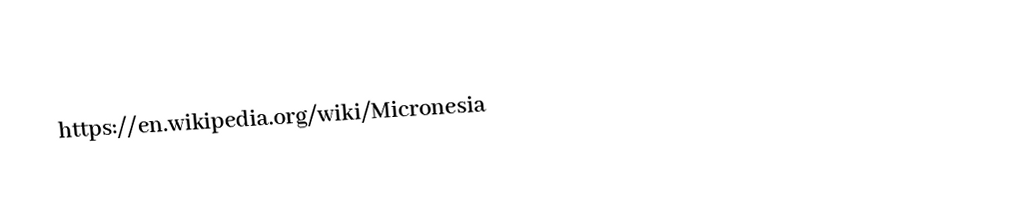
https://en.wikipedia.org/wiki/Micronesia